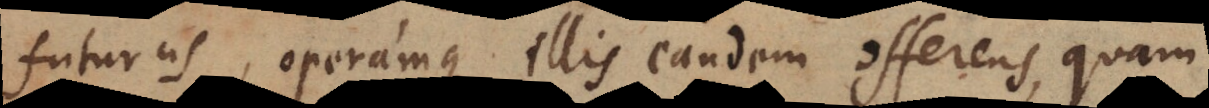
futurus, operamque illis eandem offerens, quam